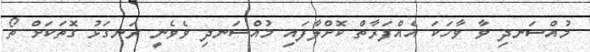
މުއްސަނދި ވާ ވާހަކަ އެއްފަރާތް ކޮށްލާފައި މުއްސަނދި ވެވެނީ ރަނގަޅު ގޮތަކަށް ތޯ